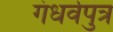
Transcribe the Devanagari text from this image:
गंधर्वपुत्र